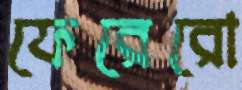
ফেরেরো